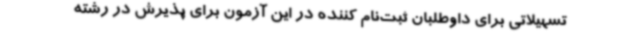
تسهیلاتی برای داوطلبان ثبت‌نام کننده در این آزمون برای پذیرش در رشته